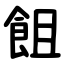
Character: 飷